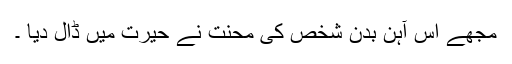
مجھے اس آہن بدن شخص کی محنت نے حیرت میں ڈال دیا ۔